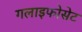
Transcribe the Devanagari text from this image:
गलाइफोसेट